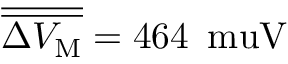
\overline { { \overline { { \Delta V _ { \mathrm M } } } } } = 4 6 4 \, \mathrm { \ m u V }